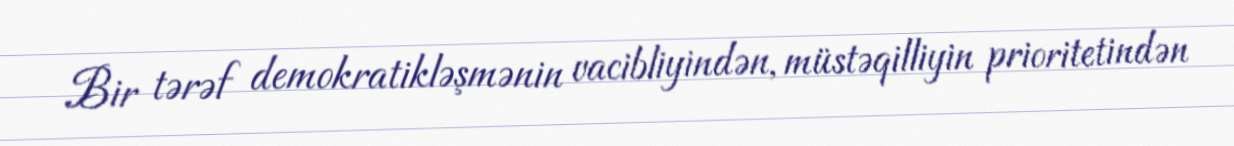
Bir tərəf demokratikləşmənin vacibliyindən, müstəqilliyin prioritetindən